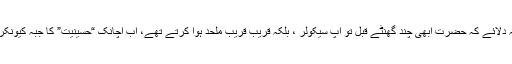
کوئی توجہ دلائے کہ حضرت ابھی چند گھنٹے قبل تو آپ سیکولر ، بلکہ قریب قریب ملحد ہوا کرتے تھے، اب اچانک “حسینیت” کا جبہ کیونکر چڑھا لیا؟